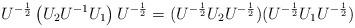
LaTeX: \begin{align*}U^{-\frac12} \left( U_2 U^{-1} U_1 \right) U^{-\frac12} = (U^{-\frac12} U_2 U^{-\frac12})(U^{-\frac12} U_1 U^{-\frac12})\end{align*}